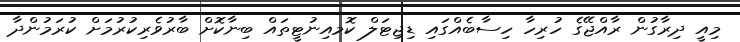
މިއީ ދިރާގުން ރާއްޖޭގެ ހުރިހާ ހިސާބެއްގައި ޑިޖިޓަލް ކޮމއިނުޓީތައް ބިނާކޮށް ބާރުވެރިކުރުމަށް ކުރަމުންދާ